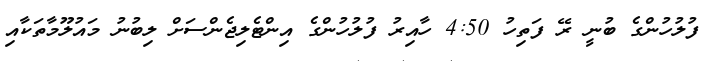
ފުލުހުންގެ ބުނީ ރޭ ފަތިހު 4:50 ހާއިރު ފުލުހުންގެ އިންޓެލިޖެންސަށް ލިބުނު މައުލޫމާތަކާއި